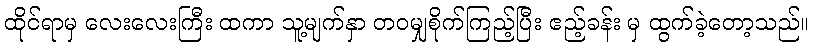
ထိုင်ရာမှ လေးလေးကြီး ထကာ သူ့မျက်နှာ တဝမျှစိုက်ကြည့်ပြီး ဧည့်ခန်း မှ ထွက်ခဲ့တော့သည်။